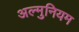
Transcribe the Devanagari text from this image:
अल्‍मुनियम